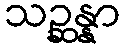
သဉ္ဆန္နာ